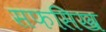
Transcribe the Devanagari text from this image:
सफसिख